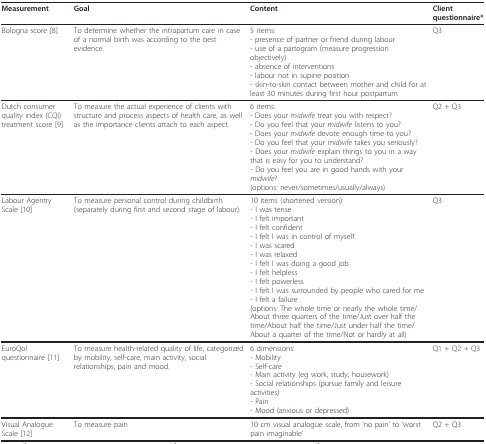
<table><thead><tr><td><b>Measurement</b></td><td><b>Goal</b></td><td><b>Content</b></td><td><b>Client questionnaire*</b></td></tr></thead><tbody><tr><td>Bologna score [8]</td><td>To determine whether the intrapartum care in case of a normal birth was according to the best evidence.</td><td>5 items:- presence of partner or friend during labour- use of a partogram (measure progression objectively)- absence of interventions- labour not in supine position- skin-to-skin contact between mother and child for at least 30 minutes during first hour postpartum</td><td>Q3</td></tr><tr><td>Dutch consumer quality index (CQI) treatment score [9]</td><td>To measure the actual experience of clients with structure and process aspects of health care, as well as the importance clients attach to each aspect.</td><td>6 items:- Does your <i>midwife </i>treat you with respect?- Do you feel that your <i>midwife </i>listens to you?- Does your <i>midwife </i>devote enough time to you?- Do you feel that your <i>midwife </i>takes you seriously?- Does your <i>midwife </i>explain things to you in a way that is easy for you to understand?- Do you feel you are in good hands with your <i>midwife</i>?(options: never/sometimes/usually/always)</td><td>Q2 + Q3</td></tr><tr><td>Labour Agentry Scale [10]</td><td>To measure personal control during childbirth (separately during first and second stage of labour).</td><td>10 items (shortened version):- I was tense- I felt important- I felt confident- I felt I was in control of myself- I was scared- I was relaxed- I felt I was doing a good job- I felt helpless- I felt powerless- I felt I was surrounded by people who cared for me- I felt a failure(options: The whole time or nearly the whole time/About three quarters of the time/Just over half the time/About half the time/Just under half the time/About a quarter of the time/Not or hardly at all)</td><td>Q3</td></tr><tr><td>EuroQol questionnaire [11]</td><td>To measure health-related quality of life, categorized by mobility, self-care, main activity, social relationships, pain and mood.</td><td>6 dimensions:- Mobility- Self-care- Main activity (eg work, study, housework)- Social relationships (pursue family and leisure activities)- Pain- Mood (anxious or depressed)</td><td>Q1 + Q2 + Q3</td></tr><tr><td>Visual Analogue Scale [12]</td><td>To measure pain</td><td>10 cm visual analogue scale, from &#x27;no pain&#x27; to &#x27;worst pain imaginable&#x27;</td><td>Q2 + Q3</td></tr></tbody></table>